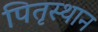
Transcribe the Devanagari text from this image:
पितृस्थान